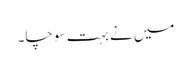
میں نے بہت سوچا۔